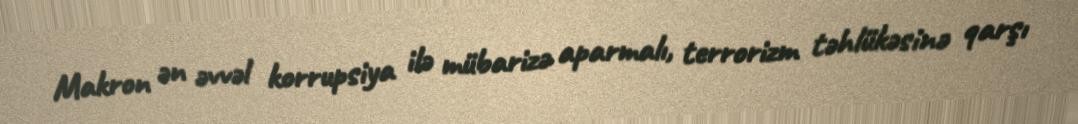
Makron ən əvvəl korrupsiya ilə mübarizə aparmalı, terrorizm təhlükəsinə qarşı